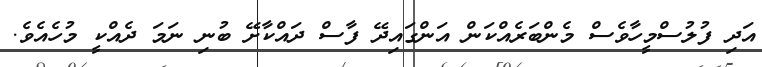
އަދި ފުލުސްމީހާވެސް މެންބަރެއްކަން އަންގައިދޭ ފާސް ދައްކާށޭ ބުނި ނަމަ ދެއްކީ މުހެއެވެ.